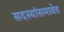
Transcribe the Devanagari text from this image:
सदस्यांसमावेत